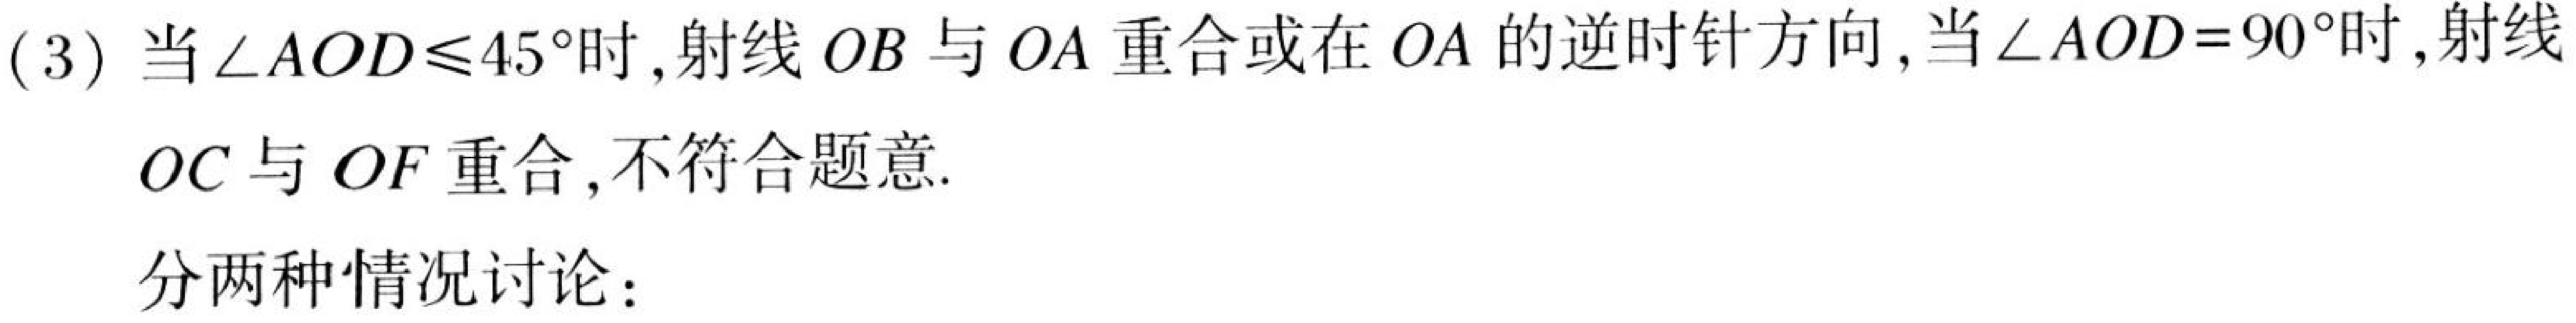
(3) 当\(\angle AOD\leq45^{\circ}\)时,射线\(OB\)与\(OA\)重合或在\(OA\)的逆时针方向,当\(\angle AOD = 90^{\circ}\)时,射线
\(OC\)与\(OF\)重合,不符合题意.

分两种情况讨论：